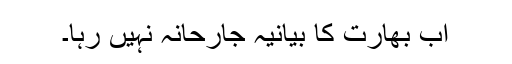
اب بھارت کا بیانیہ جارحانہ نہیں رہا۔